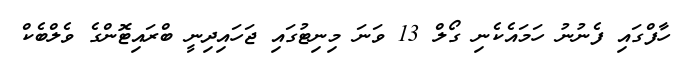
ހާފްގައި ފެނުނު ހަމައެކެނި ގޯލް 13 ވަނަ މިނިޓުގައި ޖަހައިދިނީ ބްރައިޓޮންގެ ވެލްބެކް